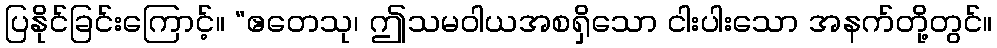
ပြနိုင်ခြင်းကြောင့်။ “ဧတေသု၊ ဤသမဝါယအစရှိသော ငါးပါးသော အနက်တို့တွင်။